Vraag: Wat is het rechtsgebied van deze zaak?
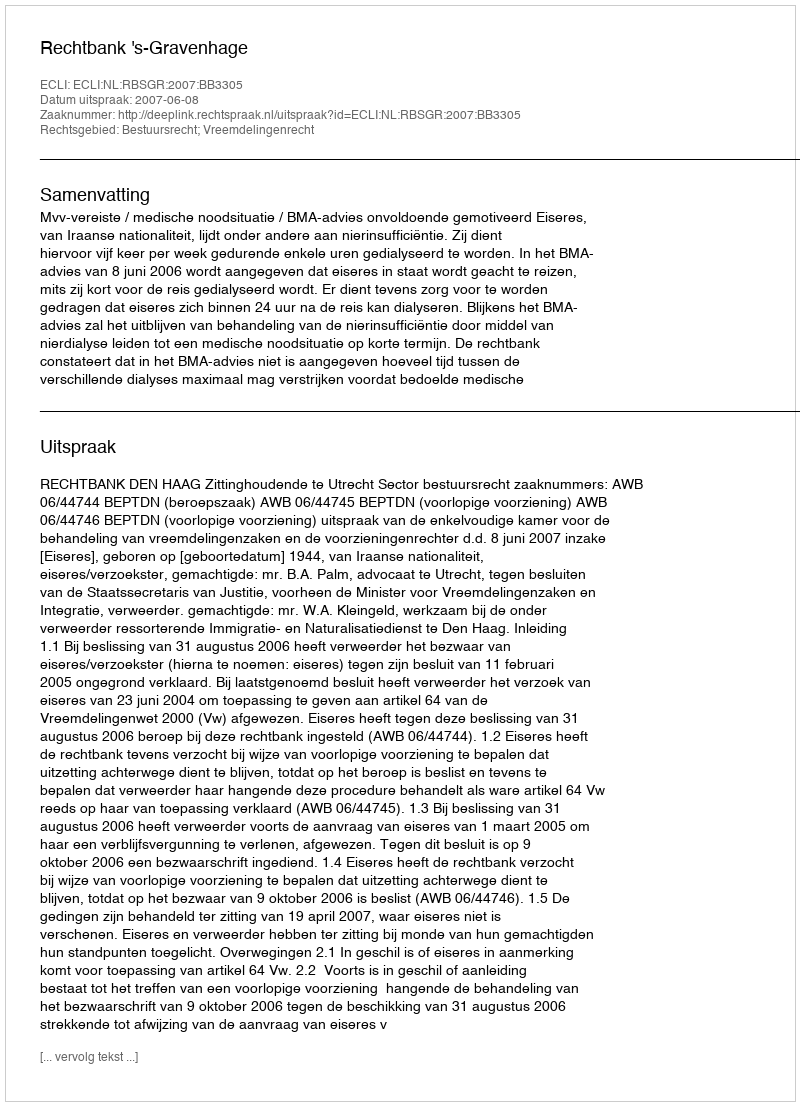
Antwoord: Bestuursrecht; Vreemdelingenrecht